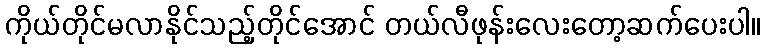
ကိုယ်တိုင်မလာနိုင်သည့်တိုင်အောင် တယ်လီဖုန်းလေးတော့ဆက်ပေးပါ။